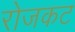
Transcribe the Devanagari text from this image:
रोजकट